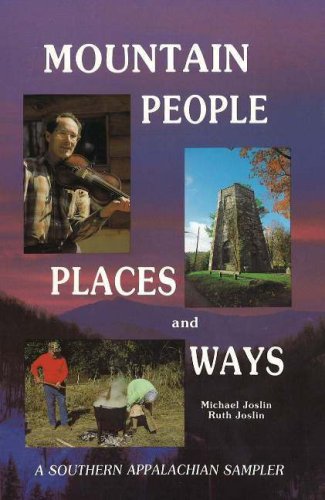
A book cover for Mountain People Places and Ways; Michael Joslin; Teen & Young Adult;